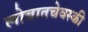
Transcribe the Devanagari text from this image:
लोबातचेवस्की